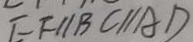
E F / / B C / / A D